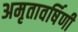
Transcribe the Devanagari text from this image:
अमृतावर्षिणी